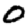
Digit: 0